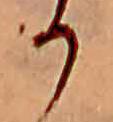
か